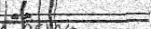
٢٥